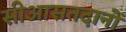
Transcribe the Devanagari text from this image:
सीआसतदानों